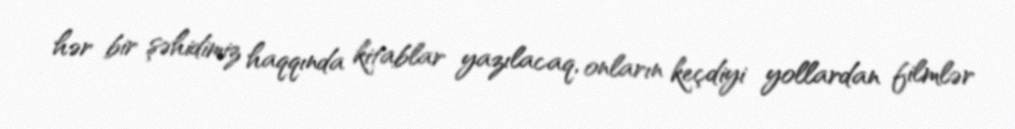
hər bir şəhidimiz haqqında kitablar yazılacaq, onların keçdiyi yollardan filmlər